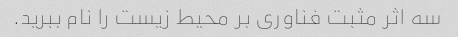
سه اثر مثبت فناوری بر محیط زیست را نام ببرید.